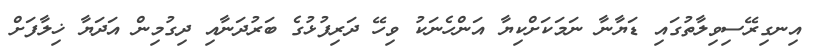
އިނގިރޭސިވިލާތުގައި ޑަޔާނާ ނަމަކަށްކިޔާ އަންހެނަކު ވިހޭ ދަރިފުޅުގެ ބަރުދަނާއި ދިގުމިން އަދަޔާ ޚިލާފަށް